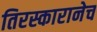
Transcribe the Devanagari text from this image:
तिरस्कारानेच